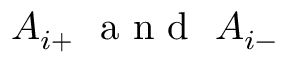
A _ { i + } ~ \textrm { a n d } ~ A _ { i - }